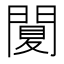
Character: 䦩